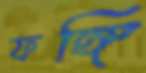
ফঙ্গি